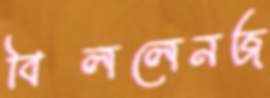
বিললেনজ